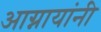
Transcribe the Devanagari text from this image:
आग्नायांनी